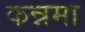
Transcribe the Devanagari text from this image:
कन्नमा